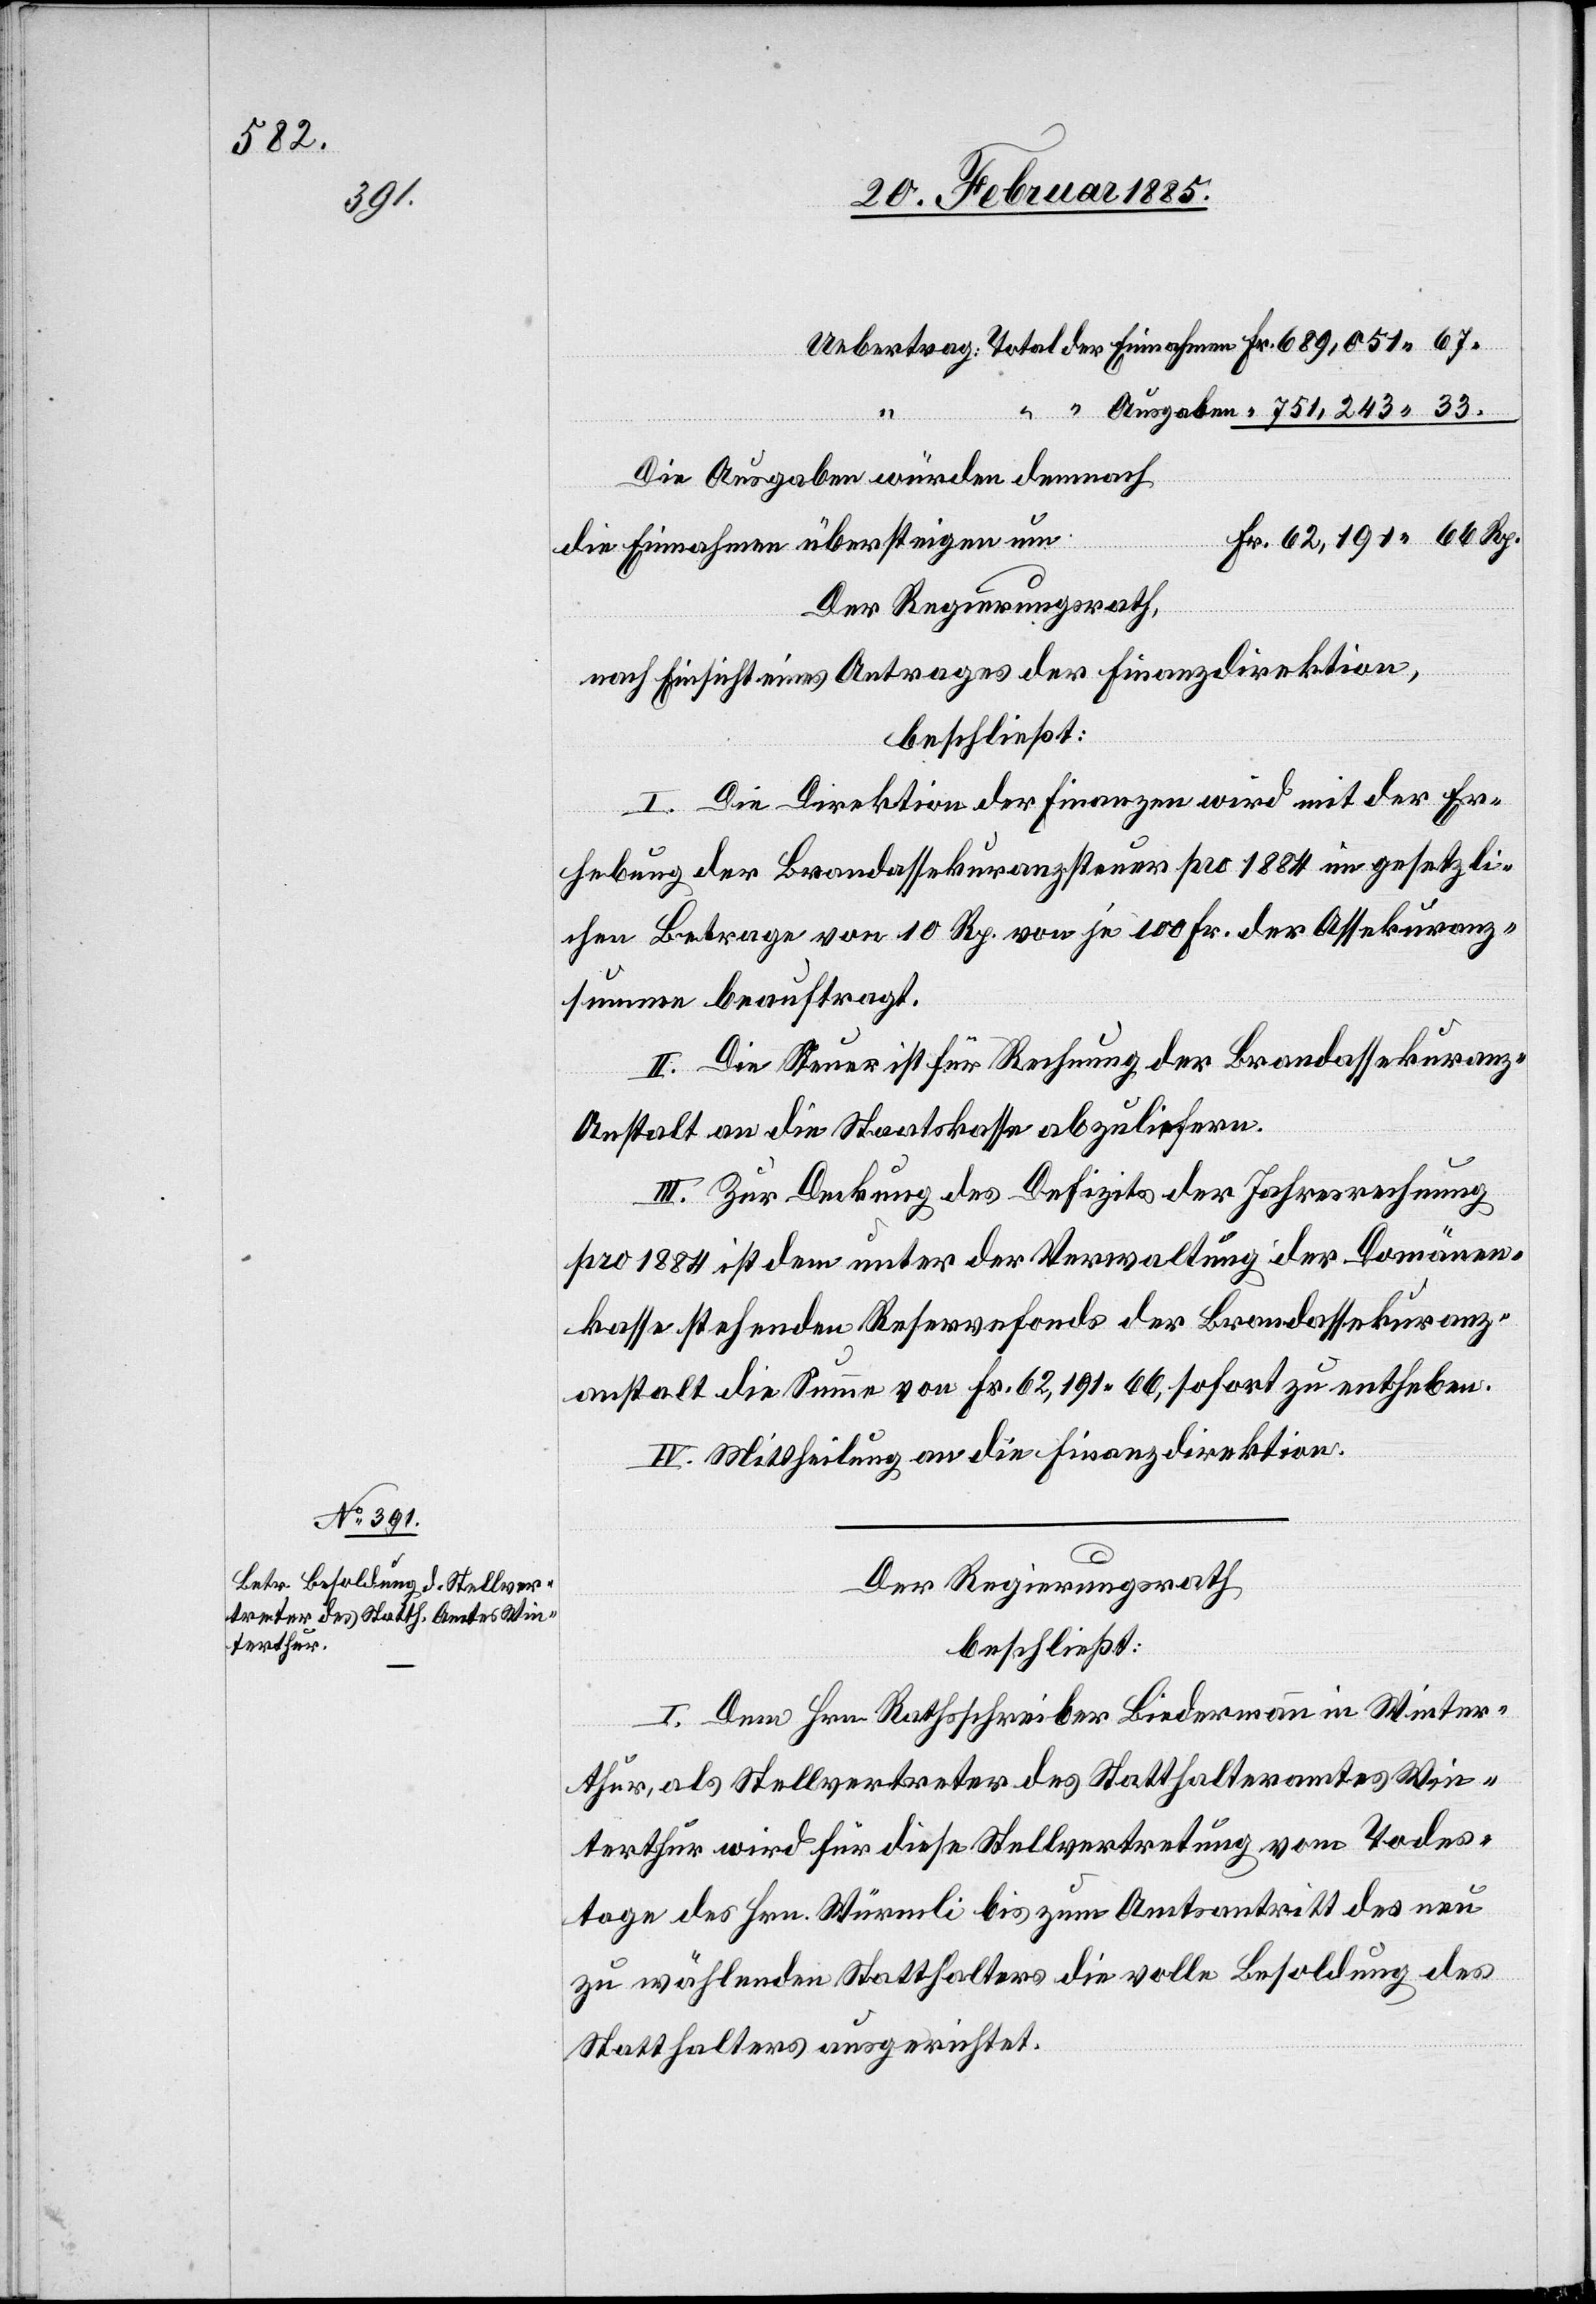
33.

Die Ausgaben würden demnach
die Einnahmen übersteigen um
Der Regierungsrath,
Rp.
nach Einsicht eines Antrages der Finanzdirektion,
beschließt:
I. Die Direktion der Finanzen wird mit der Er¬
hebung der Brandassekuranzsteuer pro 1884 im gesetzli¬
chen Betrage von 10 Rp. von je 100 Fr. der Assekuranz¬
summe beauftragt.
II. Die Steuer ist für Rechnung der Brandassekuranz-A¬
nstalt an die Staatskasse abzuliefern.
III. Zur Deckung des Defizits der Jahresrechnung
pro 1884 ist dem unter der Verwaltung der Domänen¬
kasse stehenden Reservefonds der Brandassekuranz¬
anstalt die Summe von Fr. 62,191 66, sofort zu entheben.
IV. Mittheilung an die Finanzdirektion.
Der Regierungsrath,
beschließt:
I. Dem Hrn. Rathsschreiber Biedermann in Winter¬
thur, als Stellvertreter des Statthalteramtes Win¬
terthur wird für diese Stellvertretung vom Todes¬
tage des Hrn. Würmli bis zum Amtsantritt des neu
zu wählenden Statthalters die volle Besoldung des
Statthalters ausgerichtet.